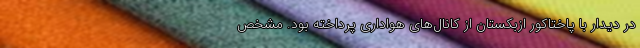
در دیدار با پاختاکور ازبکستان از کانال‌های هواداری پرداخته بود. مشخص